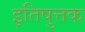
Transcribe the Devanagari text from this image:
इतिषुत्तक